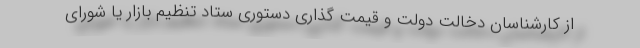
از کارشناسان دخالت دولت و قیمت گذاری دستوری ستاد تنظیم بازار یا شورای